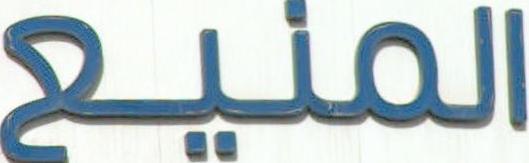
المنيع